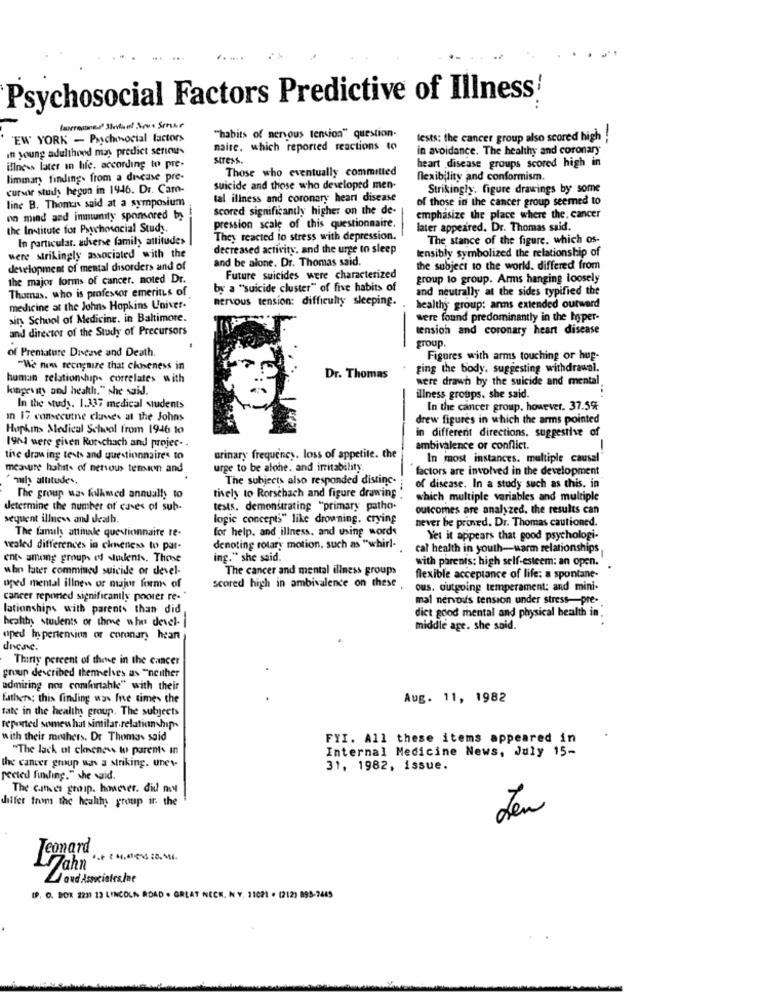
Psychosocial Factors Predictive of Illness'
"EW YORK - Psychosocial factors
"habits of nervous tension" question.
tests: the cancer group also scored high !
in young adulthood mas predict serious
naire. which reported reactions to
in avoidance. The healthy and coronary
stress.
heart disease groups scored high in
illness later in hle. according to pre-
Those who eventually committed
limmary finding. from a disease pre-
flexibility and conformism.
cursor study begun in 1946. Dr. Caro-
suicide and those who developed men-
Strikingly. figure drawings by some
line B. Thomas said at a symposium
tal illness and coronary heart disease
of those in the cancer group seemed to
scored significantly higher on the de-
on mind and immunity sponsored by
emphasize the place where the. cancer
the Institute for Psychosocial Study.
pression scale of this questionnaire.
later appeared. Dr. Thomas said.
In particular. adverse family attitude> |
They reacted lo stress with depression.
The stance of the figure. which os-
decreased activity, and the urge to sleep
lensibly symbolized the relationship of
were strikingly associated with the
and be alone. Dr. Thomas said.
development of mental disorders and of
the subject to the world. differed from
the major forms of cancer, noted Dr.
Future suicides were characterized
group to group. Arms hanging loosely
Thomas, who is professor emeritus of
by a ""suicide cluster" of five habits of
and neutrally at the sides typified the
nervous tension: difficulty sleeping.
medicine at the Johns Hopkins Univer-
healthy group: arms extended outward
sin School of Medicine. in Baltimore.
were found predominantly in the hyper-
and director of the Study of Precursors
tension and coronary heart disease
-
group.
of Premature Disease and Death.
Figures with arms touching or hug-
"We nous recognize that closeness in
ging the body. suggesting withdrawal.
human relationship. correlates with
Dr. Thomas
were drawn by the suicide and mental
longevity and health." she said.
illness groups. she said.
In the study. 1.337 medical students
In the cancer group, however. 37.5%
In 17 consecutne clases at the Johns
drew figures in which the arms pointed
Hopkins Medical School from 1946 10
in different directions. suggestive of
1964 were given Rorschach and projec- .
ambivalence or conflict.
the drawing tests and questionnaires to
urinary frequency, loss of appetite. the
In most instances. multiple causal
measure habits of nervous tension and
urge to be alone. and irritability.
factors are involved in the development
* muhy altitudes.
The subjects also responded distinc-
tively to Rorschach and figure drawing
of disease. In a study such as this. in
The group was folkmed annually to
which multiple variables and multiple
determine the number of cases of sub-
tests. demonstrating "primary patho.
outcomes are analyzed. the results can
sequent illness and death.
logic concepts" like drowning. crying
never be proved. Dr. Thomas cautioned.
The family attinale questionnaire re-
for help, and illness, and using words
Yet it appears that good psychologi-
vealed differences in cloveness to par-
denoting rotary motion. such as "whirl-
cal health in youth-warm relationships
ents among groups of students. Those
ing." she said.
with parents: high self-esteem: an open.
who later commined suicide or devel-
The cancer and mental illness groups
flexible acceptance of life: a spontane-
oped mental illnew or major forms of
scored high in ambivalence on these
ous. outgoing temperament: and mini-
cancer reponed significantly poorer re-"
mal nervous tension under stress-pre-
lationships with parents than did
healthy students or ihre whe devel-
dict good mental and physical health in.
middle age. she said.
oned hypertension or coronary heart
Thirty percent of these in the cancer
group described thennelses as "neither
admiring nos comfortable" with their
fathers: this finding was fie times the
Aug. 11, 1982
tale in the healthy group. The subjects
reported somewhat similar relationship-
with their mothers. Dr Thomas said
FYI. All these items appeared in
"The lack of ckneness to parents in
Internal Medicine News, July 15-
the cancer group wars a striking. unes
31, 1982, issue.
pected finding." she said.
The cancer groip. however. did my
differ from the healthy group ir the
Teomard
LyJahn
oud.Asociales.ine
[P. O. BOX 223) 13 LINCOLN ROAD . GREAT NECK, N Y. 11021 . (212) 898-2445